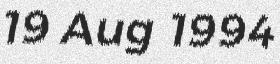
19 Aug 1994